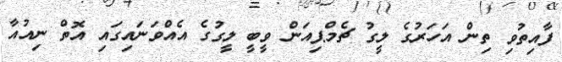
ފާއިތުވި ތިން އަހަރުގެ ލީގު ޗެމްޕިއަން ވީބީ ލީގުގެ އެއްވަނައިގައި އޮތް ނިއުއާ